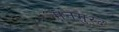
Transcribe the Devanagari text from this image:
मनमुरद